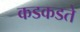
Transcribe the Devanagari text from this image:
कडकडते